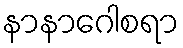
နာနာဂေါစရာ